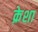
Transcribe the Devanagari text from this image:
क्रेशा